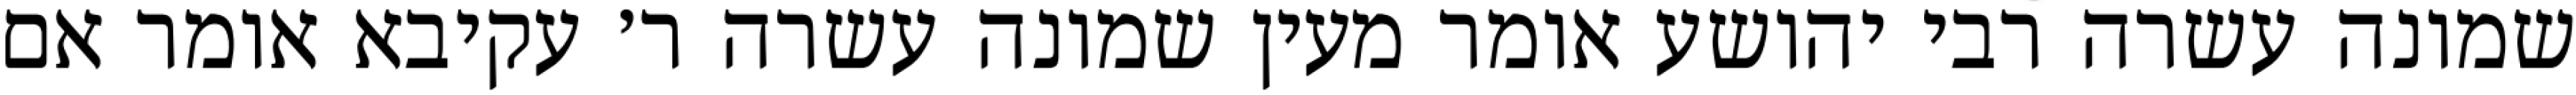
שמונה עשרה רבי יהושע אומר מעין שמונה עשרה ר׳ עקיבא אומר אם